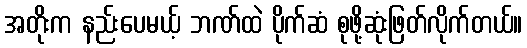
အတိုးက နည်းပေမယ့် ဘဏ်ထဲ ပိုက်ဆံ စုဖို့ဆုံးဖြတ်လိုက်တယ်။